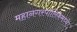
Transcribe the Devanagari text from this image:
महानगरपालिकेमध्ये